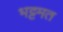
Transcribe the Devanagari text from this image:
भट्टमत